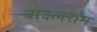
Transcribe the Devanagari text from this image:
बादलरांग